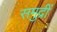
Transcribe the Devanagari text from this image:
समुद्रीं